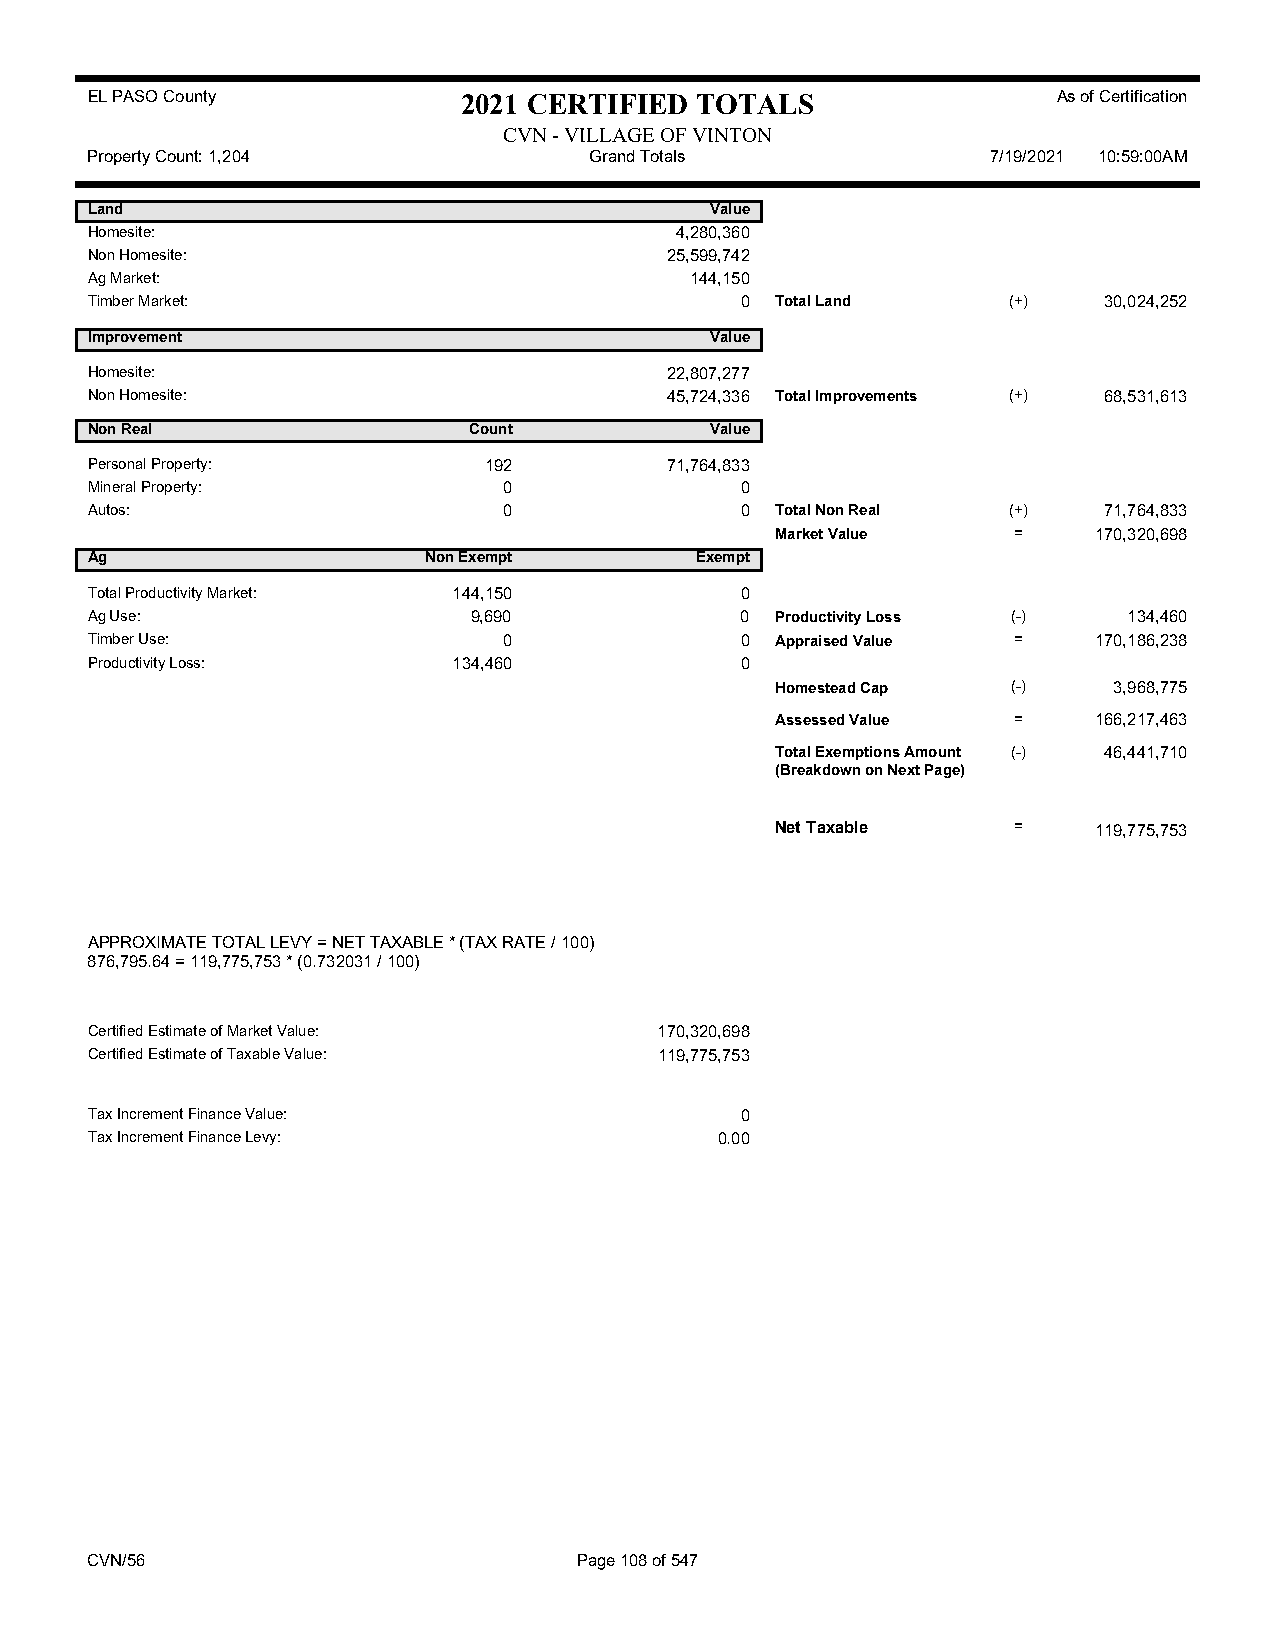
EL PASO County           2021 CERTIFIED TOTALS                  As of Certification
 CVN - VILLAGE OF VINTON
 Property Count: 1,204            Grand Totals               7/19/2021 10:59:00AM
 Land                                     Value
 Homesite:                              4,280,360
 Non Homesite:                         25,599,742
 Ag Market:                              144,150
 Timber Market:                             0 Total Land      (+)   30,024,252
 Improvement                              Value
 Homesite:                             22,807,277
 Non Homesite:                         45,724,336 Total Improvements (+) 68,531,613
 Non Real                 Count           Value
 Personal Property:        192         71,764,833
 Mineral Property:          0               0
 Autos:                     0               0 Total Non Real  (+)   71,764,833
 Market Value    =    170,320,698
 Ag                    Non Exempt        Exempt
 Total Productivity Market: 144,150         0
 Ag Use:                  9,690             0 Productivity Loss (-)   134,460
 Timber Use:                0               0 Appraised Value =    170,186,238
 Productivity Loss:      134,460            0
 Homestead Cap   (-)    3,968,775
 Assessed Value  =    166,217,463
 Total Exemptions Amount (-) 46,441,710
 (Breakdown on Next Page)
 Net Taxable     =    119,775,753
 APPROXIMATE TOTAL LEVY = NET TAXABLE * (TAX RATE / 100)
 876,795.64 = 119,775,753 * (0.732031 / 100)
 Certified Estimate of Market Value:   170,320,698
 Certified Estimate of Taxable Value:  119,775,753
 Tax Increment Finance Value:               0
 Tax Increment Finance Levy:               0.00
 CVN/56                          Page 108 of 547